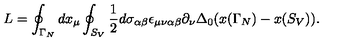
L = \oint _ { \Gamma _ { N } } d x _ { \mu } \oint _ { S _ { V } } \frac { 1 } { 2 } d \sigma _ { \alpha \beta } \epsilon _ { \mu \nu \alpha \beta } \partial _ { \nu } \Delta _ { 0 } ( x ( \Gamma _ { N } ) - x ( S _ { V } ) ) .